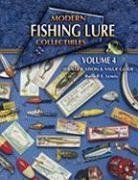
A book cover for Modern Fishing Lure Collectibles: Identification & Value Guide, Vol. 4 (Modern Fishing Lure Collectibles Identification and Value Guide); Russell E. Lewis; Crafts, Hobbies & Home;